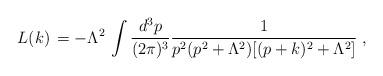
LaTeX: \begin{align*}L(k)\,= - \Lambda^2 \, \int \frac{d^3p}{(2\pi)^3} \frac{1}{p^2 (p^2+\Lambda^2) [(p + k)^2 + \Lambda^2]} \;,\end{align*}